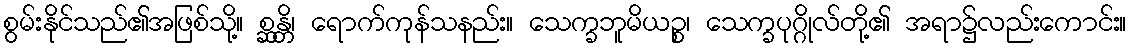
စွမ်းနိုင်သည်၏အဖြစ်သို့။ စ္ဆန္တိ၊ ရောက်ကုန်သနည်း။ သေက္ခဘူမိယဉ္စ၊ သေက္ခပုဂ္ဂိုလ်တို့၏ အရာ၌လည်းကောင်း။